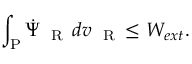
\int _ { \mathrm { P } } \dot { \Psi } _ { \mathrm { ~ \tiny ~ R ~ } } \, d v _ { \mathrm { ~ \tiny ~ R ~ } } \leq W _ { e x t } .